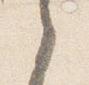
之